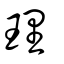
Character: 理